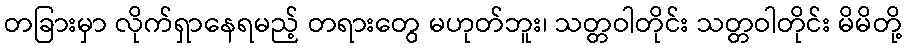
တခြားမှာ လိုက်ရှာနေရမည့် တရားတွေ မဟုတ်ဘူး၊ သတ္တဝါတိုင်း သတ္တဝါတိုင်း မိမိတို့